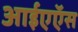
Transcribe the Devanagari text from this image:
आईएऍस